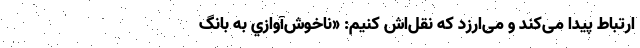
ارتباط پیدا می‌کند و می‌ارزد که نقل‌اش کنیم: «ناخوش‌آوازي به بانگ